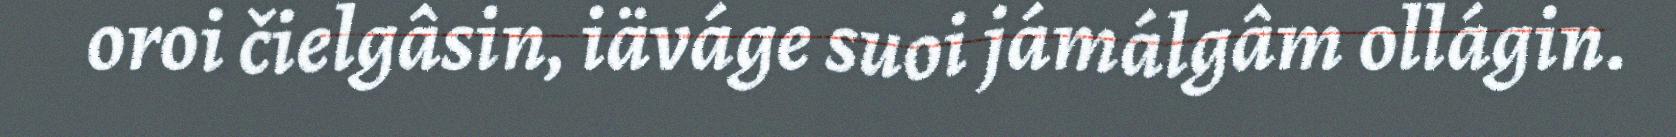
oroi čielgâsin, iäváge suoi jámálgâm ollágin.